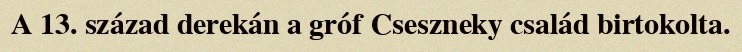
A 13. század derekán a gróf Cseszneky család birtokolta.